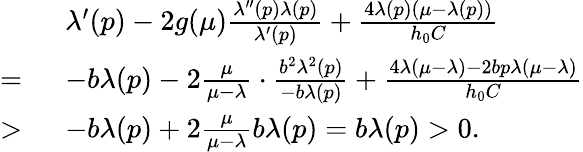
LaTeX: \begin{array}{rl}&{\lambda^{\prime}(p)-2g(\mu)\frac{\lambda^{\prime\prime}(p)\lambda(p)}{\lambda^{\prime}(p)}+\frac{4\lambda(p)(\mu-\lambda(p))}{h_{0}C}}\\ {=~}&{-b\lambda(p)-2\frac{\mu}{\mu-\lambda}\cdot\frac{b^{2}\lambda^{2}(p)}{-b\lambda(p)}+\frac{4\lambda(\mu-\lambda)-2bp\lambda(\mu-\lambda)}{h_{0}C}}\\ {>~}&{-b\lambda(p)+2\frac{\mu}{\mu-\lambda}b\lambda(p)=b\lambda(p)>0.}\end{array}